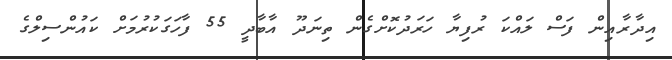
އިދާރާއިން ފަސް ލައްކަ ރުފިޔާ ހަރަދުކޮށްގެން ތިނަދޫ އާބާދީ 55 ފާހަގަކުރުމަށް ކައުންސިލްގެ